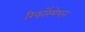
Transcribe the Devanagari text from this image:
रिफॉरमेशन